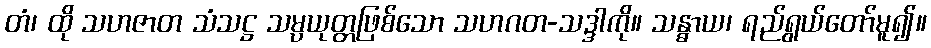
တံ၊ ထို သဟဇာတ သံသဋ္ဌ သမ္ပယုတ္တဖြစ်သော သဟဂတ-သဒ္ဒါကို။ သန္ဓာယ၊ ရည်ရွယ်တော်မူ၍။